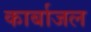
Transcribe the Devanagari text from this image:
कार्बाजल